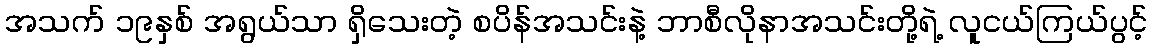
အသက် ၁၉နှစ် အရွယ်သာ ရှိသေးတဲ့ စပိန်အသင်းနဲ့ ဘာစီလိုနာအသင်းတို့ရဲ့ လူငယ်ကြယ်ပွင့်